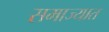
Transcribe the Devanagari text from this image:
समाज्यात